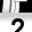
Digit: 2